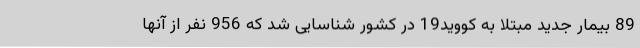
89 بیمار جدید مبتلا به کووید19 در کشور شناسایی شد که 956 نفر از آنها